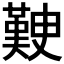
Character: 𭀃